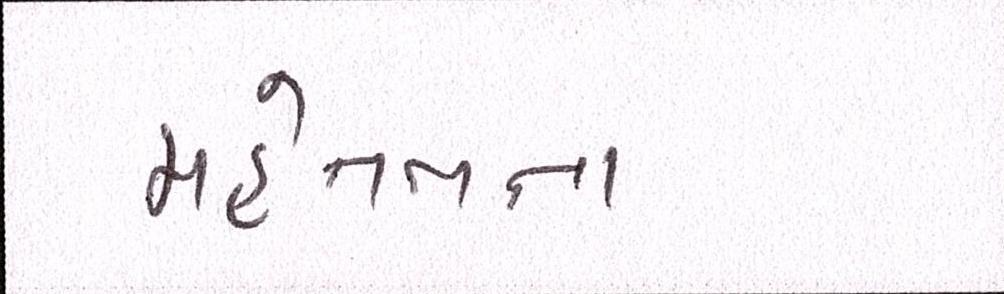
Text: મહેનતના